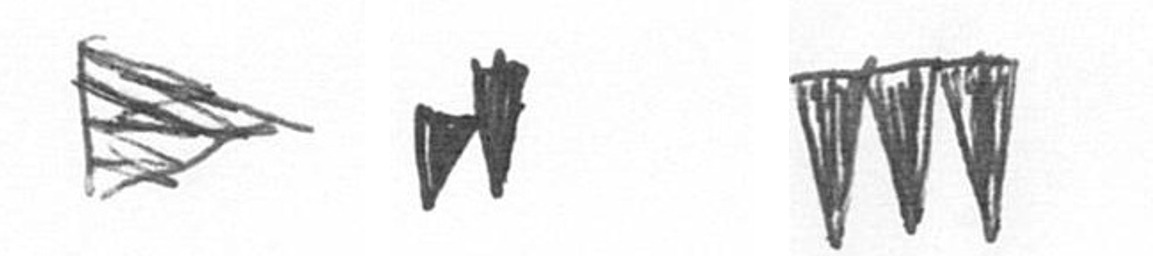
T M L